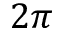
2 \pi